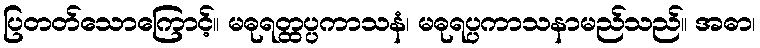
ပြတတ်သောကြောင့်။ မဓုရတ္ထပ္ပကာသနံ၊ မဓုရပ္ပကာသနာမည်သည်။ အဓာ၊